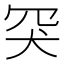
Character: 𦊅